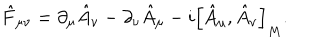
\hat { F } _ { \mu \nu } = \partial _ { \mu } \hat { A } _ { \nu } - \partial _ { \nu } \hat { A } _ { \mu } - i \Big [ \hat { A } _ { \mu } , \hat { A } _ { \nu } \Big ] _ { M } .